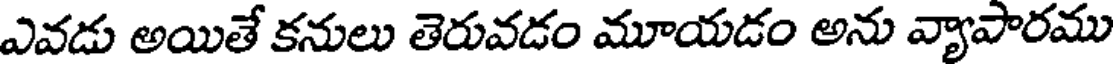
ఎవడు అయితే కనులు తెరువడం మూయడం అను వ్యాపారము